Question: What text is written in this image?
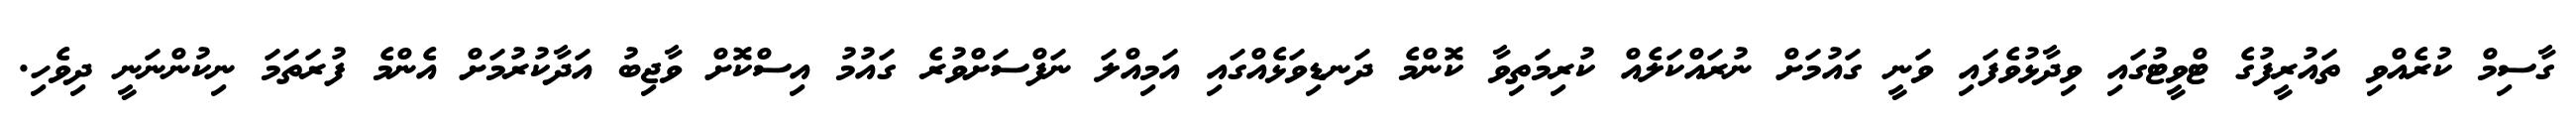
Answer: ގާސިމް ކުރެއްވި ތައުރީފުގެ ޓްވީޓުގައި ވިދާޅުވެފައި ވަނީ ގައުމަށް ނުރައްކަލެއް ކުރިމަތިވާ ކޮންމެ ދަނޑިވަޅެއްގައި އަމިއްލަ ނަފްސަށްވުރެ ގައުމު އިސްކޮށް ވާޖިބު އަދާކުރުމަށް އެންމެ ފުރަތަމަ ނިކުންނަނީ ދިވެހި.